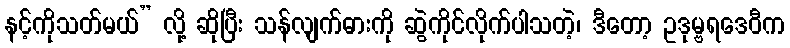
နင့်ကိုသတ်မယ်” လို့ ဆိုပြီး သန်လျက်ဓားကို ဆွဲကိုင်လိုက်ပါသတဲ့၊ ဒီတော့ ဥဒုမ္ဗရဒေဝီက